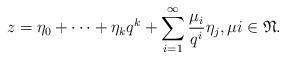
LaTeX: \begin{align*} z=\eta_0+\cdots+ \eta_k q^k+ \displaystyle \sum_{i=1}^{\infty} \frac{\mu_i}{q^i} \eta_j, \mu i \in \mathfrak{N}. \end{align*}